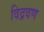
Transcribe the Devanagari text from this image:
विद्रवण